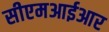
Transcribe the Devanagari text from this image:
सीएमआईआर